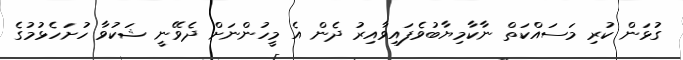
ގުޅަން ކުރި މަސައްކަތް ނާކާމިޔާބުވެފައިވާއިރު ދެން އެ މީހުންނަށް ދެވޭނީ ޝަކުވާ ހުށަހެޅުމުގެ